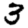
Digit: 3